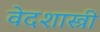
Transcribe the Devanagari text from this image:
वेदशास्त्री